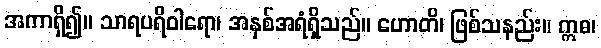
အကာရှိ၍။ သာရပရိဝါရော၊ အနှစ်အရံရှိသည်။ ဟောတိ၊ ဖြစ်သနည်း။ ဣဓ၊